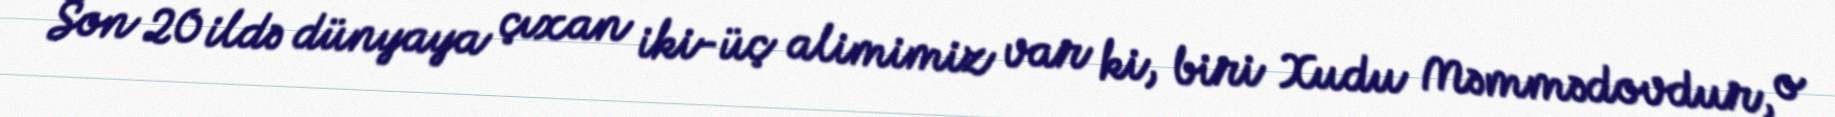
Son 20 ildə dünyaya çıxan iki-üç alimimiz var ki, biri Xudu Məmmədovdur, o